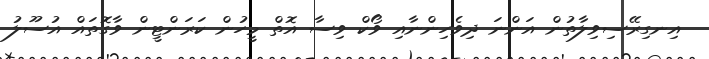
އިނގިރޭސިވިލާތުން އަންނަ ދިވެހިންނާއި ވޯކް ވިސާ އޮތް މީހުން ކަރަންޓީން ވާގޮތައް އުސޫލު